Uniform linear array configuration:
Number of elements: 32
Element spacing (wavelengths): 0.75
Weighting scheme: exponential
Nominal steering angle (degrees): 0
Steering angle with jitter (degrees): -0.2544
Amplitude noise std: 0.05
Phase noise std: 0.05

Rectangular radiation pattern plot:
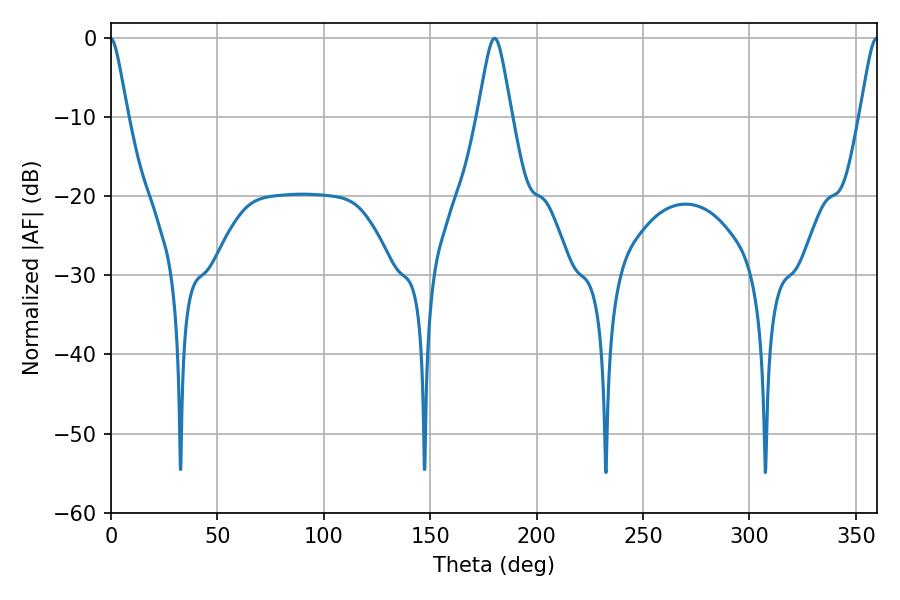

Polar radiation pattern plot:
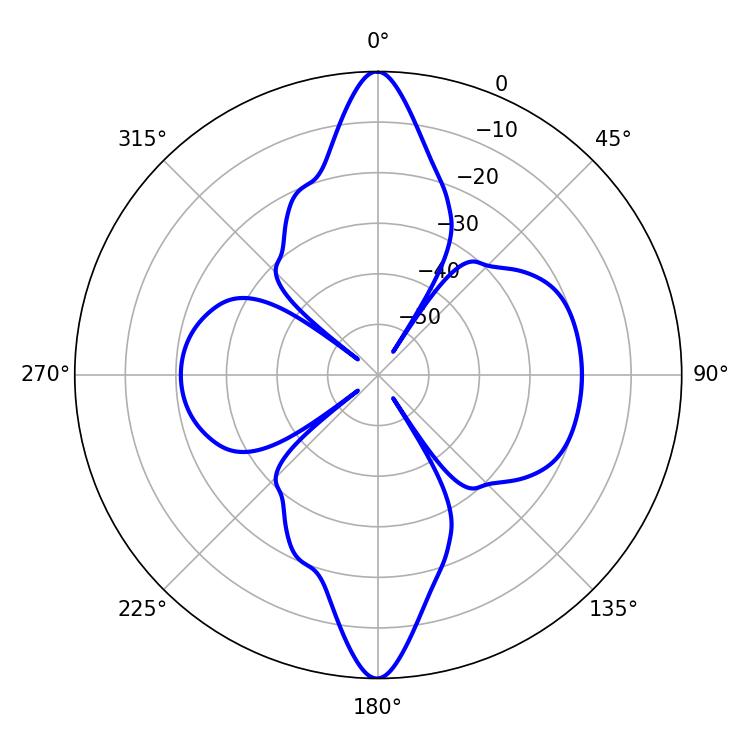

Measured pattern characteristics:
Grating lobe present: TRUE
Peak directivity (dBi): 27.734
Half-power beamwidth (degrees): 7.56
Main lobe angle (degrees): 180.18